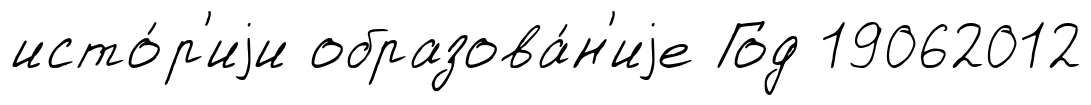
исто́р'иjи образова́н'иjе Год 19062012